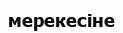
мерекесіне